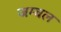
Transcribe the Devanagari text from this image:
जम्‍बल